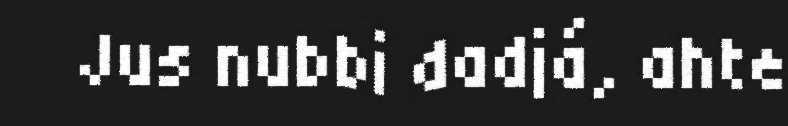
Jus nubbi dadjá, ahte